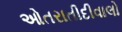
ઓતરાતીદીવાલો